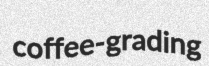
coffee-grading